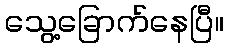
သွေ့ခြောက်နေပြီ။